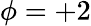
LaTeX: \phi=+2